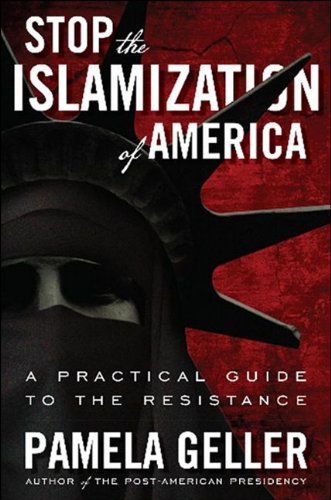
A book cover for Stop the Islamization of America: A Practical Guide to the Resistance; Pamela Geller; Religion & Spirituality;